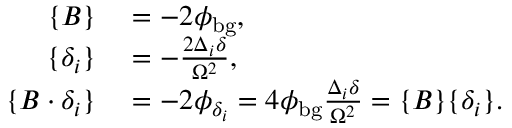
\begin{array} { r l } { \{ B \} } & { { } = - 2 \phi _ { \mathrm { b g } } , } \\ { \{ \delta _ { i } \} } & { { } = - \frac { 2 \Delta _ { i } \delta } { \Omega ^ { 2 } } , } \\ { \{ B \cdot \delta _ { i } \} } & { { } = - 2 \phi _ { \delta _ { i } } = 4 \phi _ { \mathrm { b g } } \frac { \Delta _ { i } \delta } { \Omega ^ { 2 } } = \{ B \} \{ \delta _ { i } \} . } \end{array}